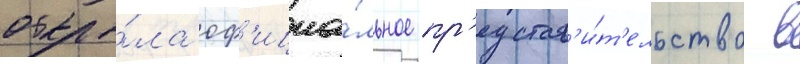
откры́ла оф'ициа́льное пр'едстав'и́т'ельство в